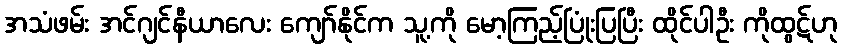
အသံဖမ်း အင်ဂျင်နီယာလေး ကျော်နိုင်က သူ့ကို မော့ကြည့်ပြုံးပြပြီး ထိုင်ပါဦး ကိုထွဋ်ဟု